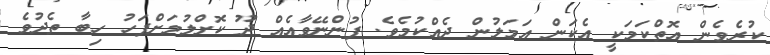
ކުރެވެން އޮތްކަމަކީ އެކަން އަމަލުން ދެއްކުމެވެ. ފުންނޭވާއެއް ދޫ ކޮށްލުމަށްފަހު ހިބާ ތެދުވެ